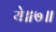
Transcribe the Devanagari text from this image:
ये॥७॥